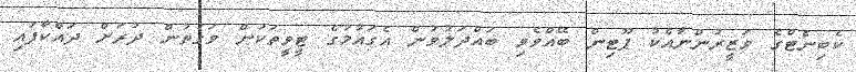
ކެބިނެޓްގެ ވަޒީރުންނާއެކު ޕޫޓިން ބޭއްވެވި ބައްދަލުވުން އެގައުމުގެ ޓީވީތަކުން ވަގުތުން ދުރަށް ދައްކާފައި